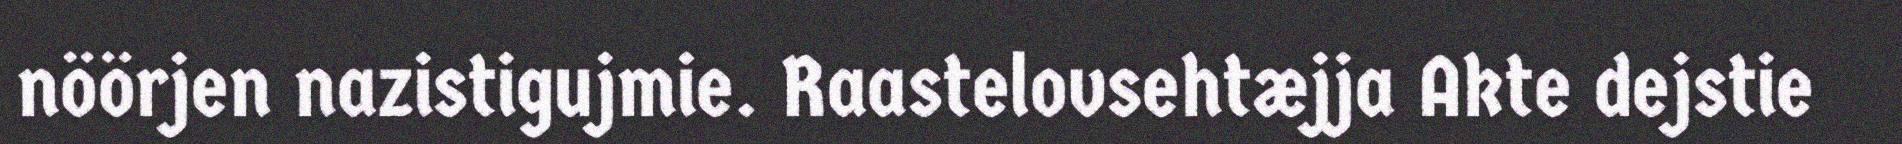
nöörjen nazistigujmie. Raastelovsehtæjja Akte dejstie